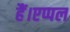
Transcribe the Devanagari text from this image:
हैं।एप्पल